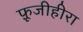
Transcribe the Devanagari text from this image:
फ़ूजीहीरा